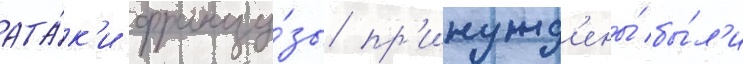
ата́к'и францу́зы пр'инужд'ены́ бы́л'и